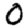
Digit: 0